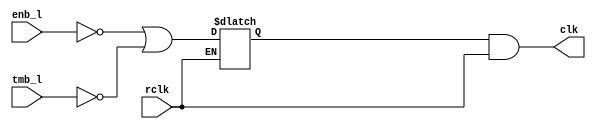
module clken_buf (clk, rclk, enb_l, tmb_l);
output clk;
input  rclk, enb_l, tmb_l;
reg    clken;
  always @ (rclk or enb_l or tmb_l)
    if (!rclk)  
      clken = !enb_l | !tmb_l;
  assign clk = clken & rclk;
endmodule